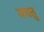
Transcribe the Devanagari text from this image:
मचतु